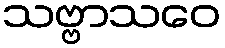
သဗ္ဗာသဝေ